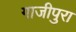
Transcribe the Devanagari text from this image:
गाजीपुरा